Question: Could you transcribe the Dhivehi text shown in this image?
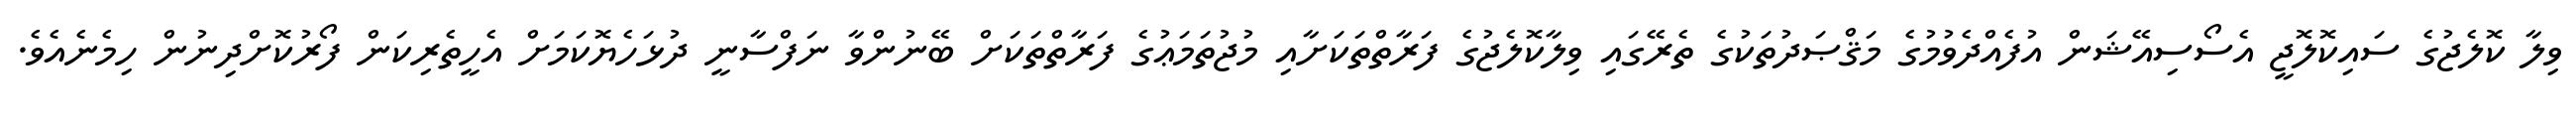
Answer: ވިލާ ކޮލެޖުގެ ސައިކޮލޮޖީ އެސޯސިއޭޝަން އުފެއްދެވުމުގެ މަޤްޞަދުތަކުގެ ތެރޭގައި ވިލާކޮލެޖުގެ ފަރާތްތަކަށާއި މުޖުތަމަޢުގެ ފަރާތްތަކަށް ބޭނުންވާ ނަފްސާނީ ދުޅަހެޔޮކަމަށް އެހީތެރިކަން ފޯރުކޮށްދިނުން ހިމެނެއެވެ.